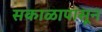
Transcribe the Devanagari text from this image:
सकाळापासून